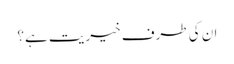
ان کی طرف خیریت ہے؟